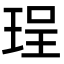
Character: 珵